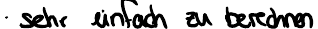
sehr einfach zu berechnen